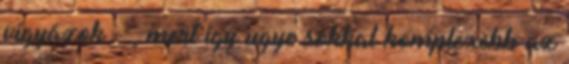
vigyázok - , mert így ugye sokkal komplexebb az